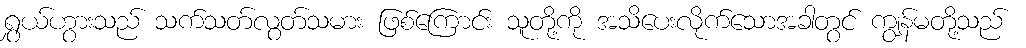
ရွှယ်ဟွားသည် သက်သတ်လွတ်သမား ဖြစ်ကြောင်း သူတို့ကို အသိပေးလိုက်သောအခါတွင် ကျွန်မတို့သည်